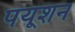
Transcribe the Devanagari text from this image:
पयूशन